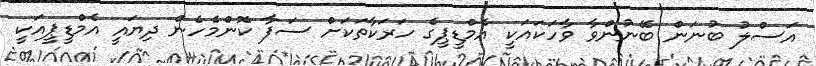
އަސްލު ބުނަން ބޭނުންވާ ވާހަކައަކީ އެމްޑީޕީގެ ހަރަކާތަކަށް ސަފާ ކޮންމެހެން ދިޔައީ އެމްޑީޕީއަކީ